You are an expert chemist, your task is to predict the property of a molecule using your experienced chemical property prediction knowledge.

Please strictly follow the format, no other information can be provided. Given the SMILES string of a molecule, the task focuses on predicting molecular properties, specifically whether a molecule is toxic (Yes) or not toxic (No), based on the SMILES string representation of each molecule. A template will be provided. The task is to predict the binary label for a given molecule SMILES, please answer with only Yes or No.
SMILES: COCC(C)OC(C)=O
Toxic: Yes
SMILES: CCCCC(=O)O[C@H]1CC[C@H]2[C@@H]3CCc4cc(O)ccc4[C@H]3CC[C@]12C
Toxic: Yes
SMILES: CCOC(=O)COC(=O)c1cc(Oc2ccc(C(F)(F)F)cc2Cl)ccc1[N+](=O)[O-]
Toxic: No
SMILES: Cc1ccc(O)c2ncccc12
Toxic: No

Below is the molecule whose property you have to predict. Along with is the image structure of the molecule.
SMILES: N#CC(Br)(Br)C(N)=O
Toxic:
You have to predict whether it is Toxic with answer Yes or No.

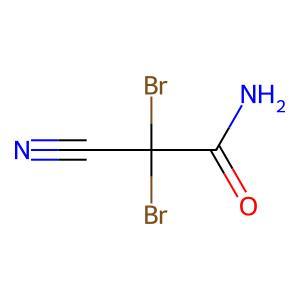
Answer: No